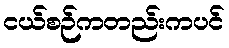
ငယ်စဉ်ကတည်းကပင်